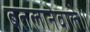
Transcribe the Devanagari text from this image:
बतलानेवाले॥